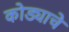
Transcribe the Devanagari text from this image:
कोड्याचे